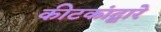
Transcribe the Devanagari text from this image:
कीटकांद्वारे